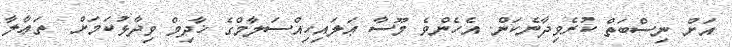
އަށް ނިސްބަތް ކުރެވިދާނެކަން. އެހެންވެ މޫސާ ޢަލައިހިއްސަލާމްގެ ޚާދިމް ވިދާޅުކަމަށް  ތަޢާލާ